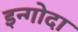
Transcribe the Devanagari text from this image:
इन्गोदा